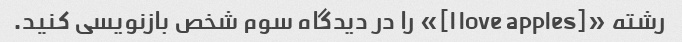
رشته «[I love apples]» را در دیدگاه سوم شخص بازنویسی کنید.